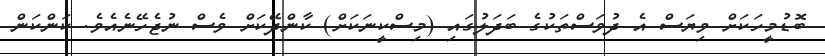
ބޮޑުމީހަކަށް ވިޔަސް އެ ދުވަސްތަކުގެ ބަދަލުގައި (މިސްކީނަކަށް) ކާންދޭކަށް ވެސް ނުޖެހޭނެއެވެ. ކަންކަން